system: You are a helpful assistant.
user:
Analyze the provided spectrum to determine if it is a **Carbon Star (C-type)**.

- **Key Visual Indicators of Carbon Star:**
    - **(Primary):** Strong molecular absorption from **C₂ (diatomic carbon) "Swan Bands."** This is the **defining feature** of a carbon star.
        - **(Key Bandheads):** Sharp absorption edges are visible at approximately $5635$ Å, $5165$ Å (the strongest band), and $4737$ Å.
        - **(Line Profile):** Creates a distinct **"saw-tooth"** pattern. The key morphology is a sharp, steep bandhead on the **red (long-wavelength) side**, which then gradually tapers off (i.e., flux recovers) towards the **blue (short-wavelength) side**. *(This is the direct opposite of the TiO bands seen in M-type stars)*.

    - **(Secondary):** Intense **CN (cyanogen)** molecular absorption bands.
        - **(Key Bandheads):** Located in the blue and violet regions of the spectrum (e.g., near $4215$ Å and $3883$ Å).
        - **(Morphology):** These bands are extremely broad and act as a "blanket," absorbing the vast majority of blue and violet light. This creates a characteristic **"cliff"** or **"steep drop-off"** in the spectrum's flux at short wavelengths.

    - **(Key Confirmation):** Strong **CH absorption band (G-band)**.
        - **(Key Bandhead):** Located around $4300$ Å. The contribution from CH molecules to this band is exceptionally strong.

    - **(Overall Spectrum):**
        - The continuum is severely "chopped up" by these deep molecular bands, especially C₂, rather than appearing as a smooth curve.
        - Due to the heavy CN and C₂ absorption in the blue-green, the vast majority of the star's flux is concentrated in the red part of the spectrum, giving the star its characteristic deep red color.

Think first, call **spectral_visualization_tool** if needed to examine features in detail, then provide your final answer. Your response must adhere to the following strict rules:
1.  **Overall Structure:** Your response must follow the format `<think>...</think> <tool_call>...</tool_call> (if a tool is used) <answer>...</answer>`.
2.  **Tool Usage Constraint:** You may only make **one** tool call per turn.
3.  **Final Answer Format:** In the `<answer>` tag, your conclusion must be inside a `\boxed{}` command (e.g., `\boxed{YES}`), followed by your justification.

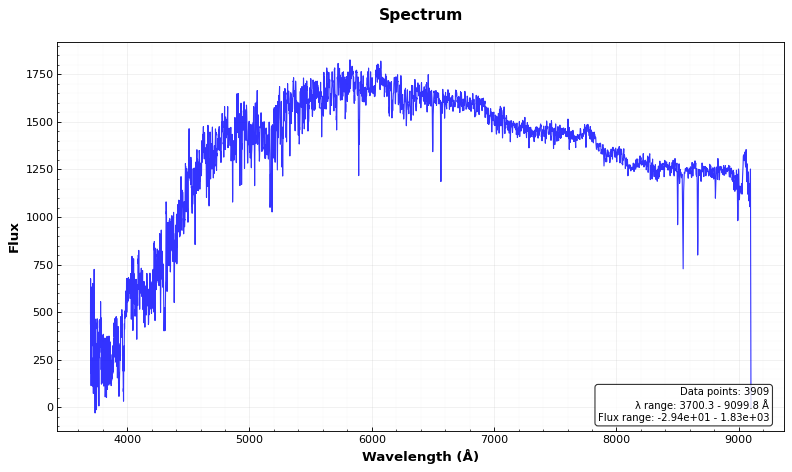
Answer: NO